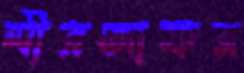
মীরজাফর